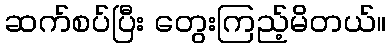
ဆက်စပ်ပြီး တွေးကြည့်မိတယ်။